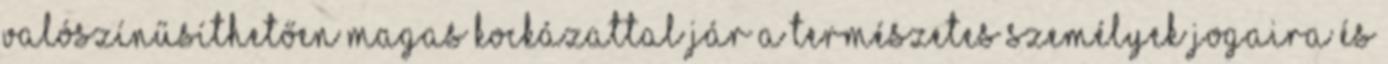
valószínűsíthetően magas kockázattal jár a természetes személyek jogaira és